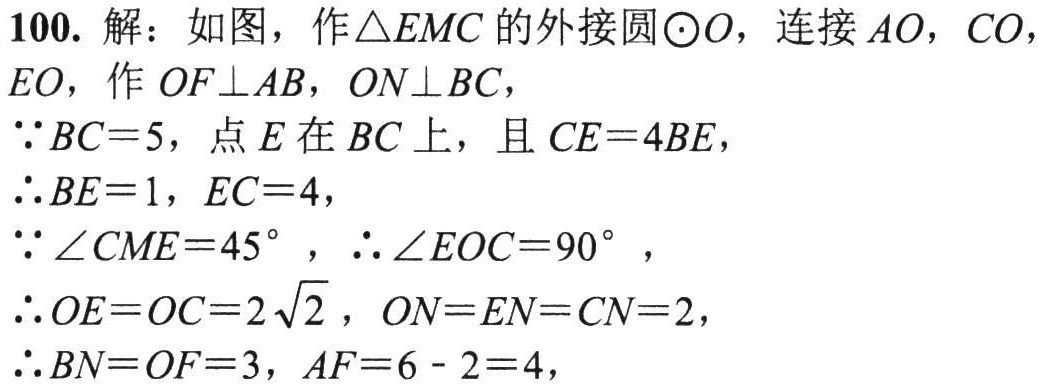
100. 解：如图，作\(\triangle EMC\)的外接圆\(\odot O\)，连接\(AO\)，\(CO\)，\(EO\)，作\(OF\perp AB\)，\(ON\perp BC\)，
\(\because BC = 5\)，点\(E\)在\(BC\)上，且\(CE = 4BE\)，
\(\therefore BE = 1\)，\(EC = 4\)，
\(\because\angle CME = 45^{\circ}\)，\(\therefore\angle EOC = 90^{\circ}\)，
\(\therefore OE = OC = 2\sqrt{2}\)，\(ON = EN = CN = 2\)，
\(\therefore BN = OF = 3\)，\(AF = 6 - 2 = 4\)，